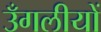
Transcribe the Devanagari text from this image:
उँगलीयों